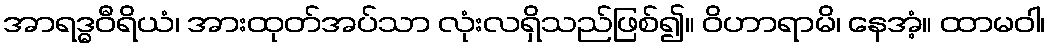
အာရဒ္ဓဝီရိယံ၊ အားထုတ်အပ်သာ လုံးလရှိသည်ဖြစ်၍။ ဝိဟာရာမိ၊ နေအံ့။ ထာမဝါ၊